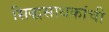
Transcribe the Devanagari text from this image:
सिद्धसाधकांची